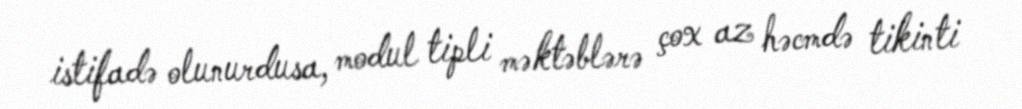
istifadə olunurdusa, modul tipli məktəblərə çox az həcmdə tikinti